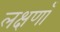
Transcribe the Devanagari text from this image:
लक्षणाँ